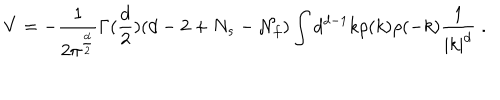
V = - { \frac { 1 } { 2 \pi ^ { \frac { d } { 2 } } } } \Gamma ( { \frac { d } { 2 } } ) ( d - 2 + N _ { s } - { \cal N } _ { f } ) \int d ^ { d - 1 } k \rho ( k ) \rho ( - k ) { \frac { 1 } { | k | ^ { d } } } \; .